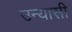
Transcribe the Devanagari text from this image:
उन्यासी